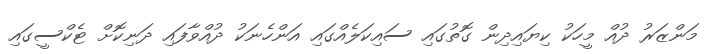
މަންޒަރު ދުއް މީހަކު ކިޔައިދިން ގޮތުގައި ސައިކަލެއްގައި އަންހެނަކު ދުއްވާފައި ދަނިކޮށް ޓެކްސީގައި